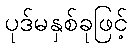
ပုဒ်မနှစ်ခုဖြင့်